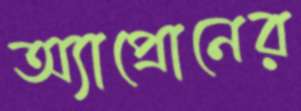
অ্যাপ্রোনের